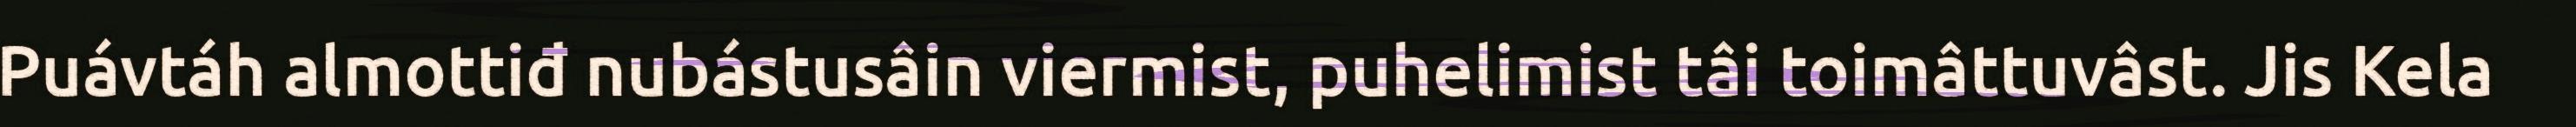
Puávtáh almottiđ nubástusâin viermist, puhelimist tâi toimâttuvâst. Jis Kela